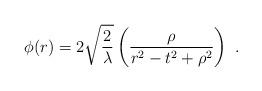
LaTeX: \begin{align*}\phi(r) = 2\sqrt {2\over \lambda} \left({\rho\over{r^2-t^2 +\rho^2}}\right) \ .\end{align*}